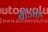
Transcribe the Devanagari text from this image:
बींजांड